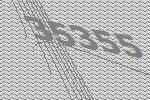
35355